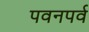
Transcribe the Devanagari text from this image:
पवनपर्व